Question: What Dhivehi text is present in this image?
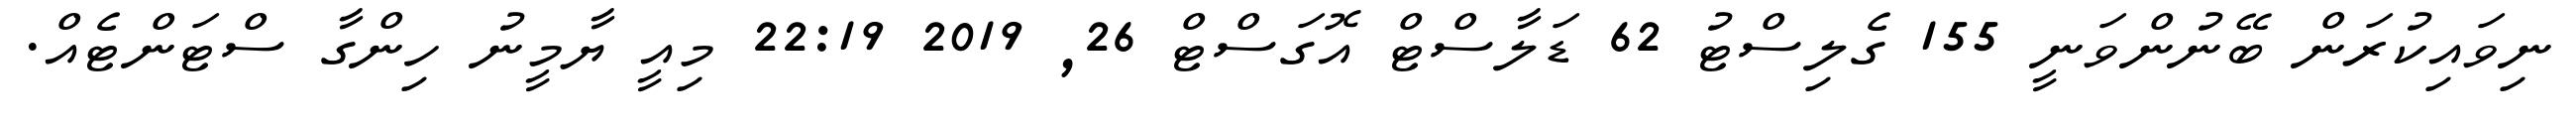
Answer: ނިވައިކުރަން ބޭނުންވަނީ 155 ގެލިސްޓު 62 ޑަލާސްޓް އޮގަސްޓް 26, 2019 22:19 މިއީ ޔާމީނު ހިންގާ ސްޓަންޓެއް.